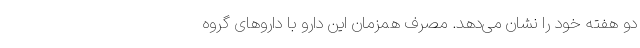
دو هفته خود را نشان می‌دهد. مصرف همزمان این دارو با داروهای گروه